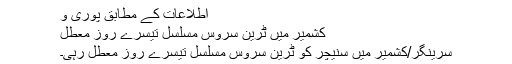
اطلاعات کے مطابق پوری و
کشمیر میں ٹرین سروس مسلسل تیسرے روز معطل
سرینگر/کشمیر میں سنیچر کو ٹرین سروس مسلسل تیسرے روز معطل رہی۔